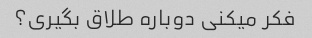
فکر میکنی دوباره طلاق بگیری؟